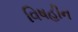
વિષહીન